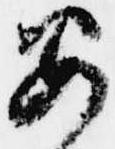
安